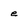
Character: e